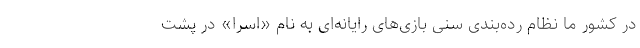
در کشور ما نظام رده‌بندی سنی بازی‌های رایانه‌ای به نام «اسرا» در پشت